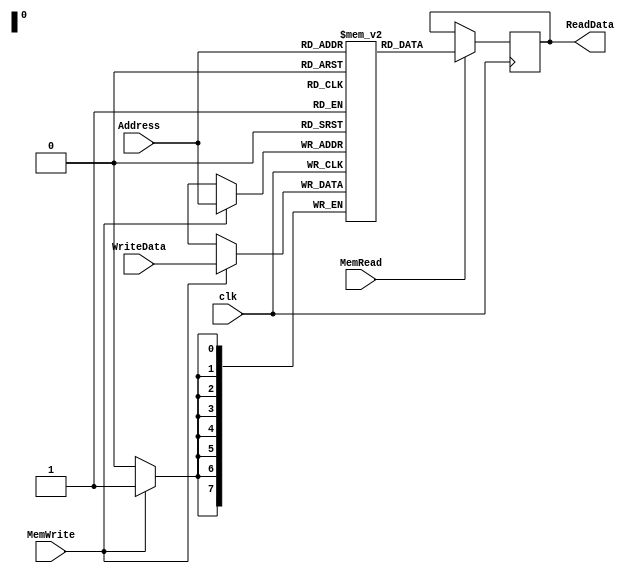
module DataMemory (input [7:0] WriteData, input [7:0] Address, input clk, MemWrite, MemRead,
  output reg [7:0] ReadData);
	reg [7:0] Memory[0:255];
  initial begin
    //Test case 1
    Memory[100] <= 114; // for testcase 1
    Memory[102] <= 213; // for testcase 1
    
    Memory[101] <= 6;  //for testcase 1
    Memory[103] <= 14;  //for testcase 1
    
    
   
    //Test case 2
    /*
    Memory[100] <= 1;
    Memory[101] <= 2;
    Memory[102] <= 4;
    Memory[103] <= 7;
    Memory[104] <= 14;
    Memory[105] <= 3;
    Memory[106] <= 78;
    Memory[107] <= 20;
    Memory[108] <= 85;
    Memory[109] <= 95;
    Memory[110] <= 105;
    Memory[111] <= 13;
    Memory[112] <= 9;
    Memory[113] <= 45;
    Memory[114] <= 75;
    Memory[115] <= 13;
    Memory[116] <= 90;
    Memory[117] <= 45;
    Memory[118] <= 101;
    Memory[119] <= 76;
    */
        
  end
	always @ (posedge clk) begin
		if (MemWrite == 1)
			Memory[Address[7:0]] <= WriteData;
	end

	always @(negedge clk) begin
		if (MemRead == 1)
			ReadData <= Memory[Address[7:0]];
	end
endmodule